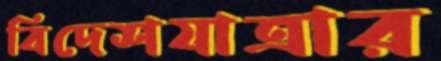
বিদেশযাত্রার